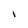
Character: 1